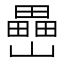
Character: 𡾔